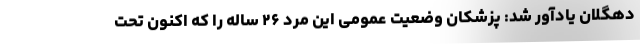
دهگلان یادآور شد: پزشکان وضعیت عمومی این مرد ۲۶ ساله را که اکنون تحت